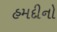
હમદીનો